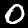
Label: 0